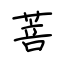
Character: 菩